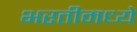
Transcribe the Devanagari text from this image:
भरतीमध्ये